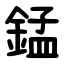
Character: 錳